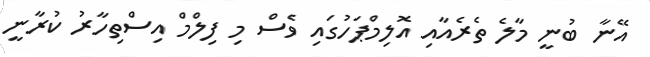
އޭނާ ބުނީ މާލެ ތެރެއާއި އޮލިމްޕަހުގައި ވެސް މި ފިލްމް އިސްތިހާރު ކުރާނީ